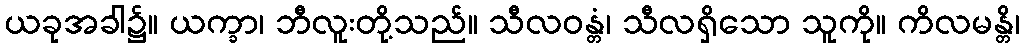
ယခုအခါ၌။ ယက္ခာ၊ ဘီလူးတို့သည်။ သီလဝန္တံ၊ သီလရှိသော သူကို။ ကိလမန္တိ၊